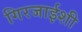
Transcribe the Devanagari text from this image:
गिरजाईशी